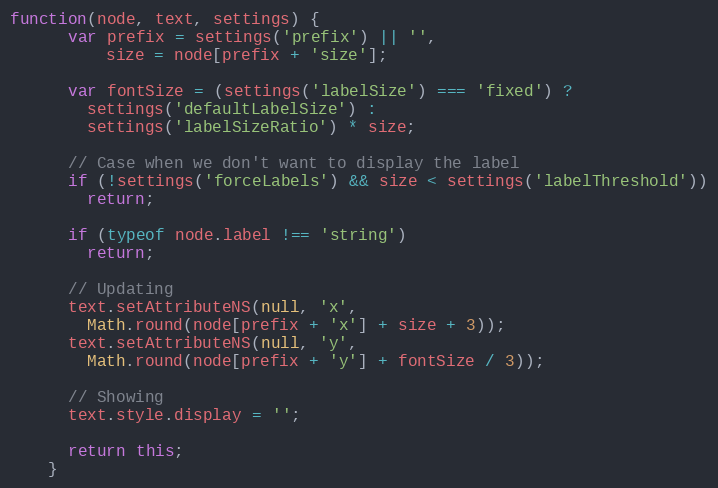
Language: JavaScript
function(node, text, settings) {
      var prefix = settings('prefix') || '',
          size = node[prefix + 'size'];

      var fontSize = (settings('labelSize') === 'fixed') ?
        settings('defaultLabelSize') :
        settings('labelSizeRatio') * size;

      // Case when we don't want to display the label
      if (!settings('forceLabels') && size < settings('labelThreshold'))
        return;

      if (typeof node.label !== 'string')
        return;

      // Updating
      text.setAttributeNS(null, 'x',
        Math.round(node[prefix + 'x'] + size + 3));
      text.setAttributeNS(null, 'y',
        Math.round(node[prefix + 'y'] + fontSize / 3));

      // Showing
      text.style.display = '';

      return this;
    }